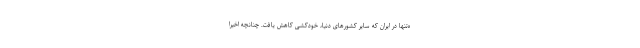
ه‌تنها در ایران که سایر کشورهای دنیا، خودکشی کاهش یافت. چنانچه اخیرا